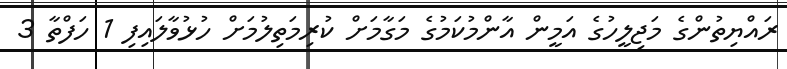
ރައްޔިތުންގެ މަޖިލީހުގެ އަމީން އާންމުކަމުގެ މަގާމަށް ކުރިމަތިލުމަށް ހުޅުވާލައިފި 1 ހަފްތާ 3